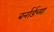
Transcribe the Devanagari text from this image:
बर्नार्डच्या